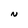
Character: N